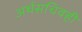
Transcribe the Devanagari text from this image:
अर्थसचिवही